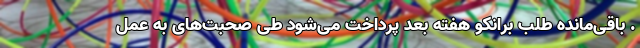
. باقی‌مانده طلب برانکو هفته بعد پرداخت می‌شود طی صحبت‌های به عمل